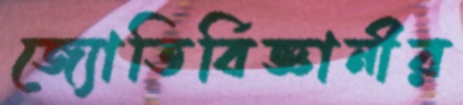
জ্যোতির্বিজ্ঞানীর